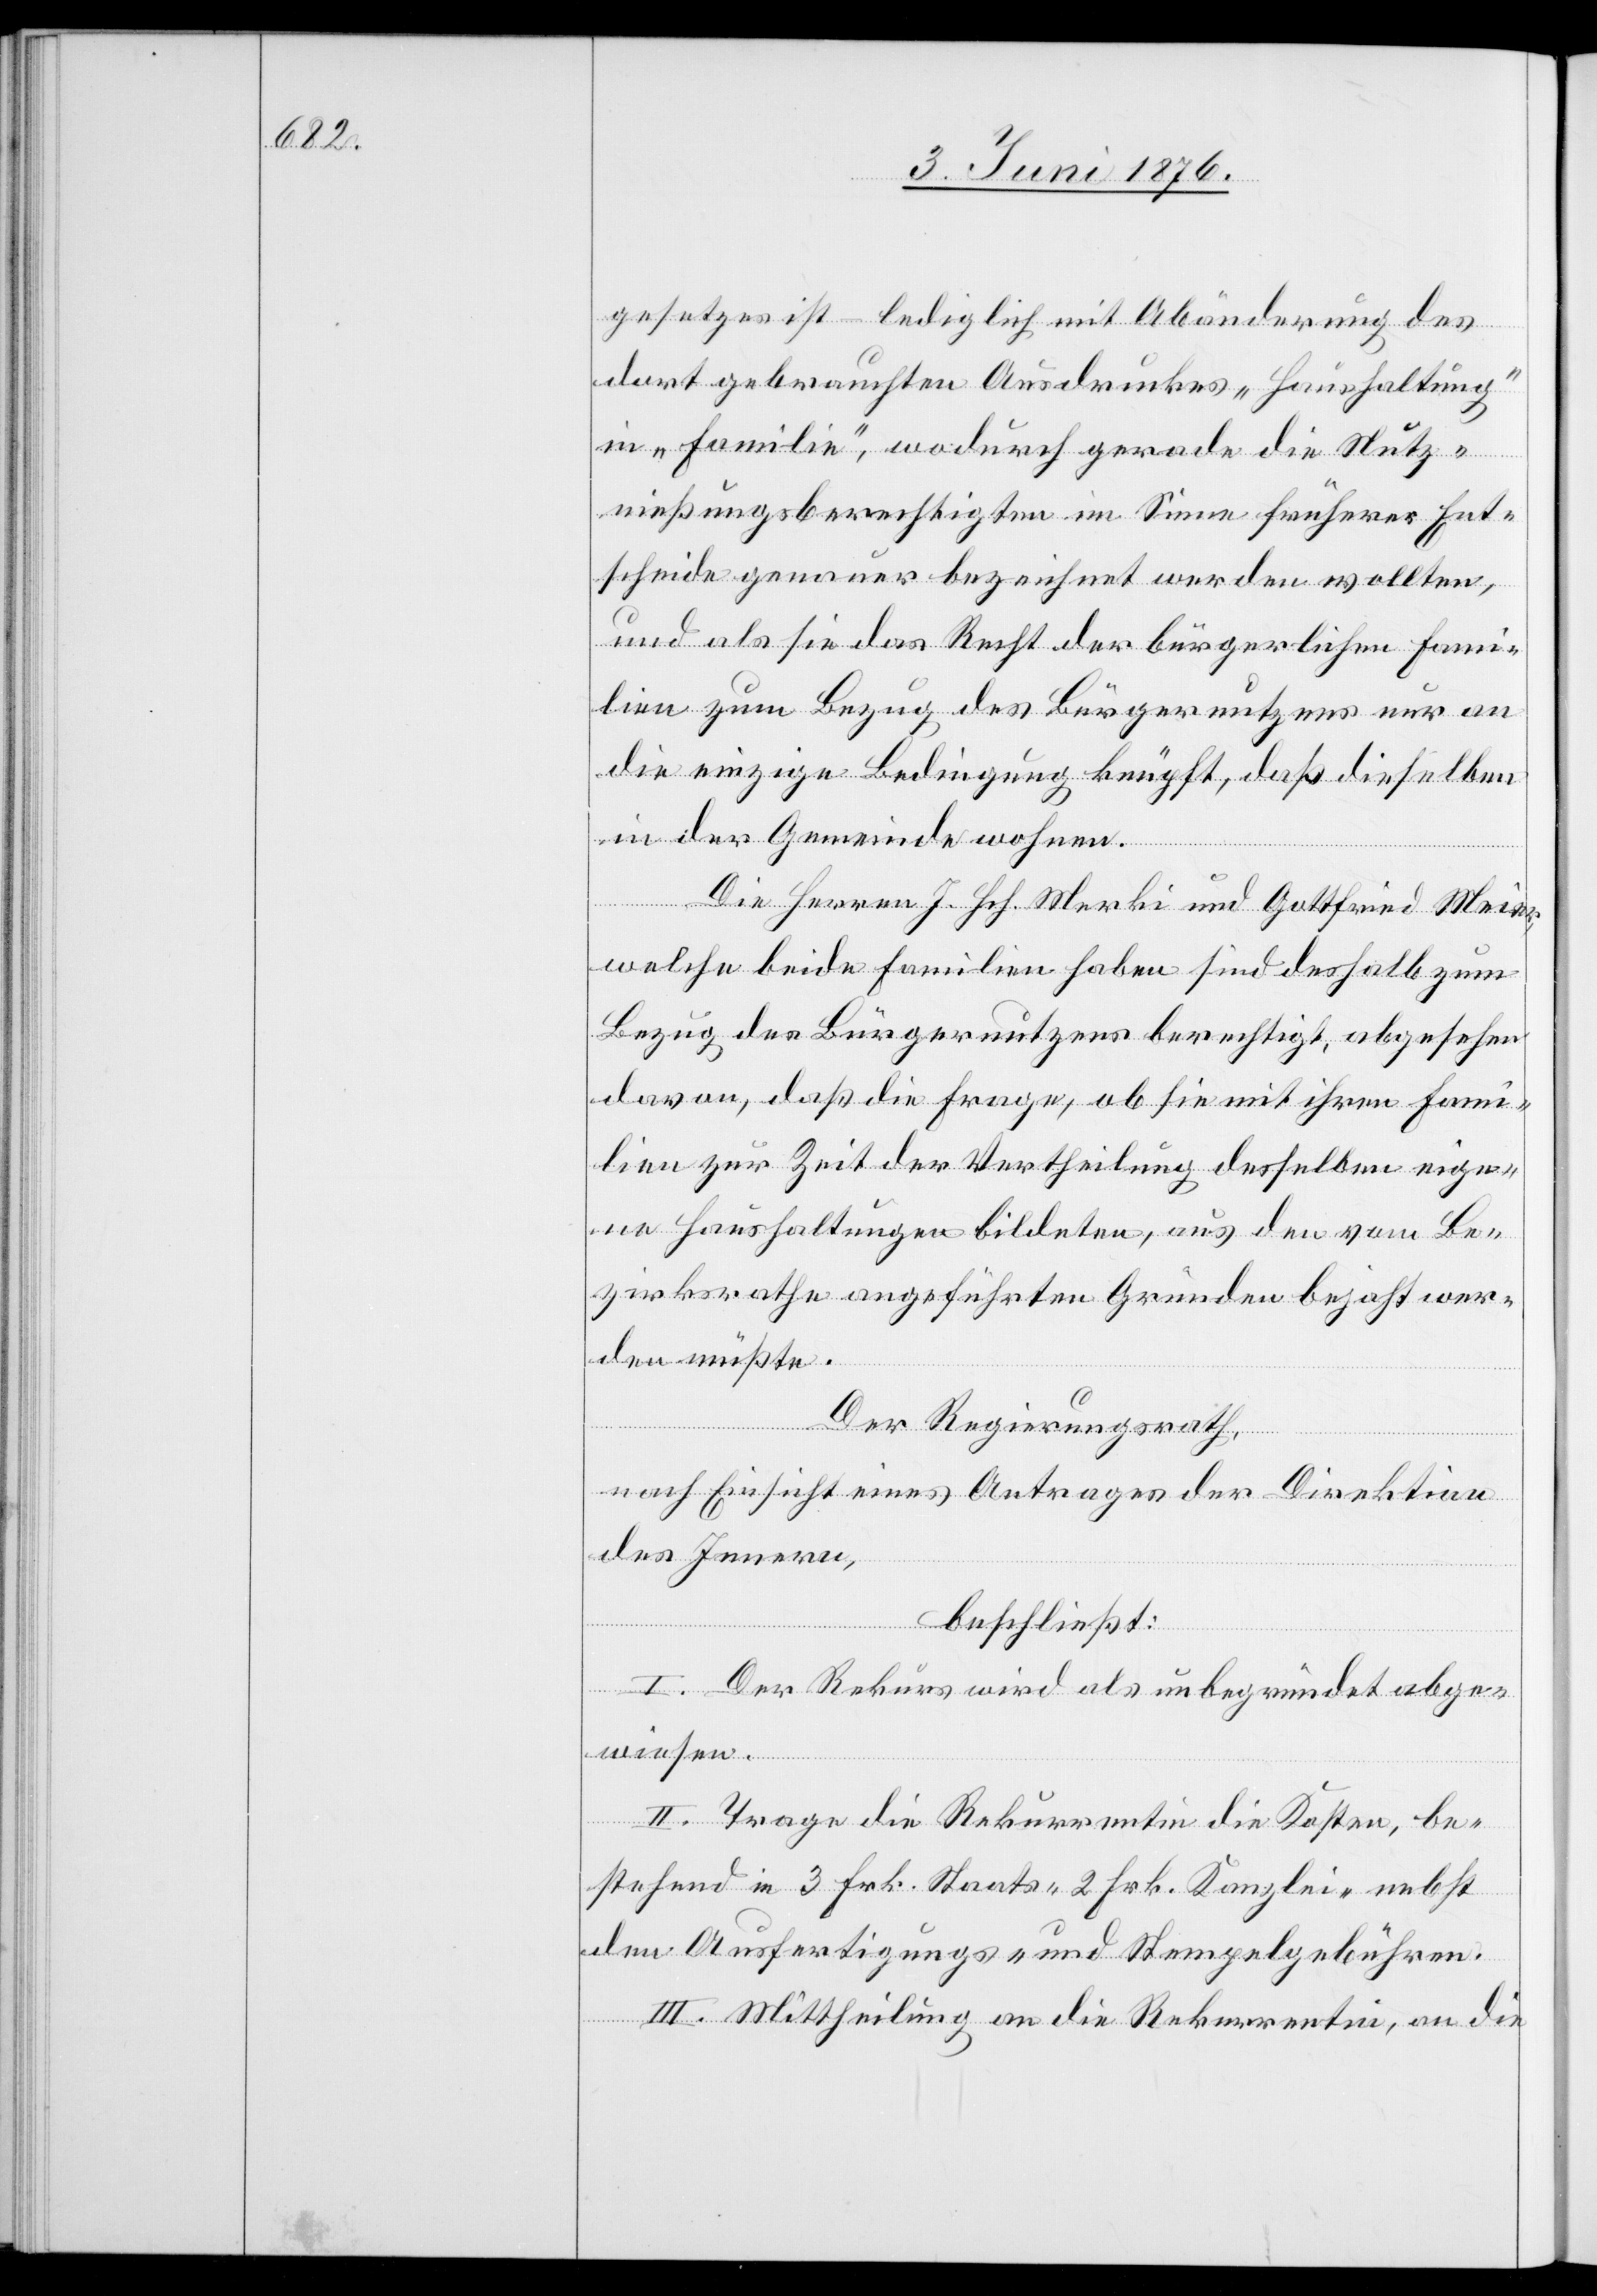
gesetzes ist – lediglich mit Abänderung des
dort gebrauchten Ausdruckes „Haushaltung“
in „Familie“, wodurch gerade die Nutz¬
ungsberechtigten im Sinne früherer Ent¬
scheide genauer bezeichnet werden wollten,
und als sie das Recht der bürgerlichen Fami¬
lien zum Bezug des Bürgernutzens nur an
die einzige Bedingung knüpft, daß dieselben
in der Gemeinde wohnen.
wiesen.
Die Herren J. Hch. Merki und Gottfried Meier,
welche beide Familien haben sind deshalb zum
Bezug des Bürgernutzens berechtigt, abgesehen
davon, daß die Frage, ob sie mit ihren Fami¬
lien zur Zeit der Vertheilung desselben eige¬
ne Haushaltungen bildeten, aus den vom Be¬
zirksrathe angeführten Gründen bejahrt wer¬
den müßte.
Der Regierungsrath,
nach Einsicht eines Antrages der Direktion
des Innern,
beschließt:
I. Der Rekurs wird als unbegründet abge¬
II. Trage die Rekurrentin die Kosten, be¬
stehend in 3 Frk. Staats- 2 Frk. Kanzlei- nebst
den Ausfertigungs- und Stempelgebühren.
III. Mittheilung an die Rekurrentin, an die